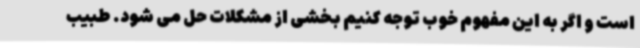
است و اگر به این مفهوم خوب توجه کنیم بخشی از مشکلات حل می شود. طبیب